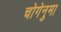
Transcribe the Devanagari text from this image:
चोगेनुमा